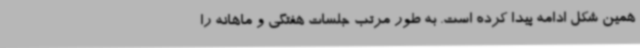
همین شکل ادامه پیدا کرده است. به طور مرتب جلسات هفتگی و ماهانه را